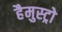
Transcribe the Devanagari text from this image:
हैमुस्ट्रो